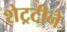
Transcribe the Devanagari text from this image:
शेट्रटीने